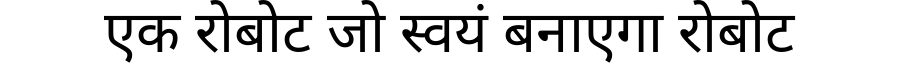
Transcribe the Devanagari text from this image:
एक रोबोट जो स्वयं बनाएगा रोबोट